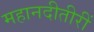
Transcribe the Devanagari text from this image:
महानदीतीरीं